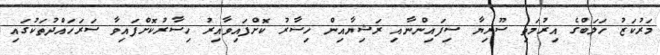
މަރުކަޒު ހަލަބްގެ އިރުމަތި ސޫރިޔާ ސިފައިންނާއި ރަޝިޔާއިން ހިސާރު ކޮށްފައިވާއިރު ހިސާރުކޮށްފައިވާ ސަރަހައްދުތަކުގައި